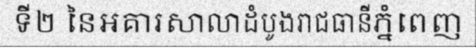
ទី២ នៃអគារសាលាដំបូងរាជធានីភ្នំពេញ